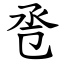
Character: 卺